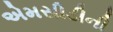
એમસીડીની